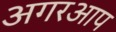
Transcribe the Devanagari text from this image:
अगरआप